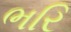
ભરિ